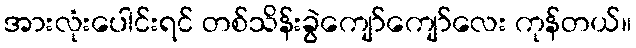
အားလုံးပေါင်းရင် တစ်သိန်းခွဲကျော်ကျော်လေး ကုန်တယ်။